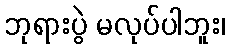
ဘုရားပွဲ မလုပ်ပါဘူး၊